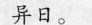
异日。